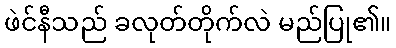
ဖဲင်နီသည် ခလုတ်တိုက်လဲ မည်ပြု၏။